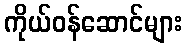
ကိုယ်ဝန်ဆောင်များ